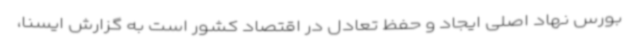
بورس نهاد اصلی ایجاد و حفظ تعادل در اقتصاد کشور است به گزارش ایسنا،